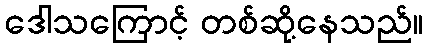
ဒေါသကြောင့် တစ်ဆို့နေသည်။